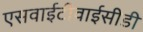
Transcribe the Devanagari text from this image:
एसवाईटीवाईसीडी